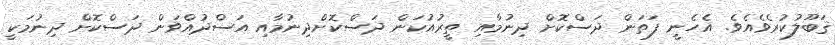
ޤަބޫލުކުރެވެއެވެ. އެހެނީ ފަތަން ދަސްކޮށް ދިނުމާއި ތީރުއުކަން ދަސްކޮށްދިނުމާއި އަސްދުއްވަން ދަސްކޮށް ދިނުމަކީ